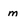
Character: m